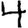
Digit: 4